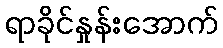
ရာခိုင်နှုန်းအောက်